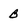
Character: B